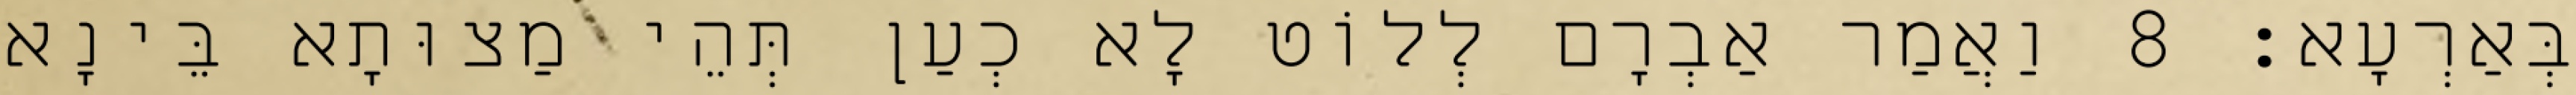
בְּאַרְעָא׃ 8 וַאֲמַר אַבְרָם לְלוֹט לָא כְעַן תְּהֵי מַצוּתָא בֵּינָא